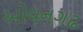
ઓવનગઢ